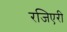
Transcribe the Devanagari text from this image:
रजिएरी